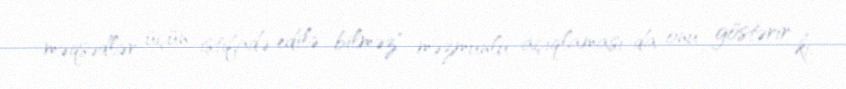
məqsədlər üçün istifadə edilə bilməz" məzmunlu açıqlaması da onu göstərir ki,